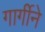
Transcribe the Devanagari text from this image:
गार्गीने